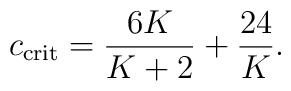
c_{\rm crit}={6K\over K+2}+{24\over K}.